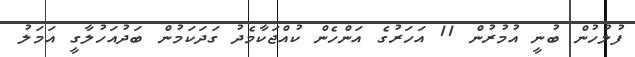
ފުލުހުން ބުނީ އުމުރުން 11 އަހަރުގެ އަންހެން ކުއްޖަކާމެދު ގަދަކަމުން ބަދުއަހުލާގީ އަމަލު